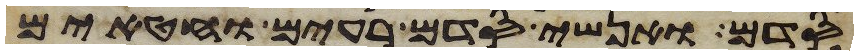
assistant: סדם ואנשי סדם רעים וחטאים